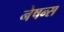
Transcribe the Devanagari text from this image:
नेषन्स